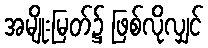
အမျိုးမြတ်၌ ဖြစ်လိုလျှင်